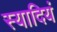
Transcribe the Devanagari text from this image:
स्यादियं